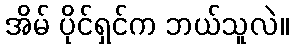
အိမ် ပိုင်ရှင်က ဘယ်သူလဲ။